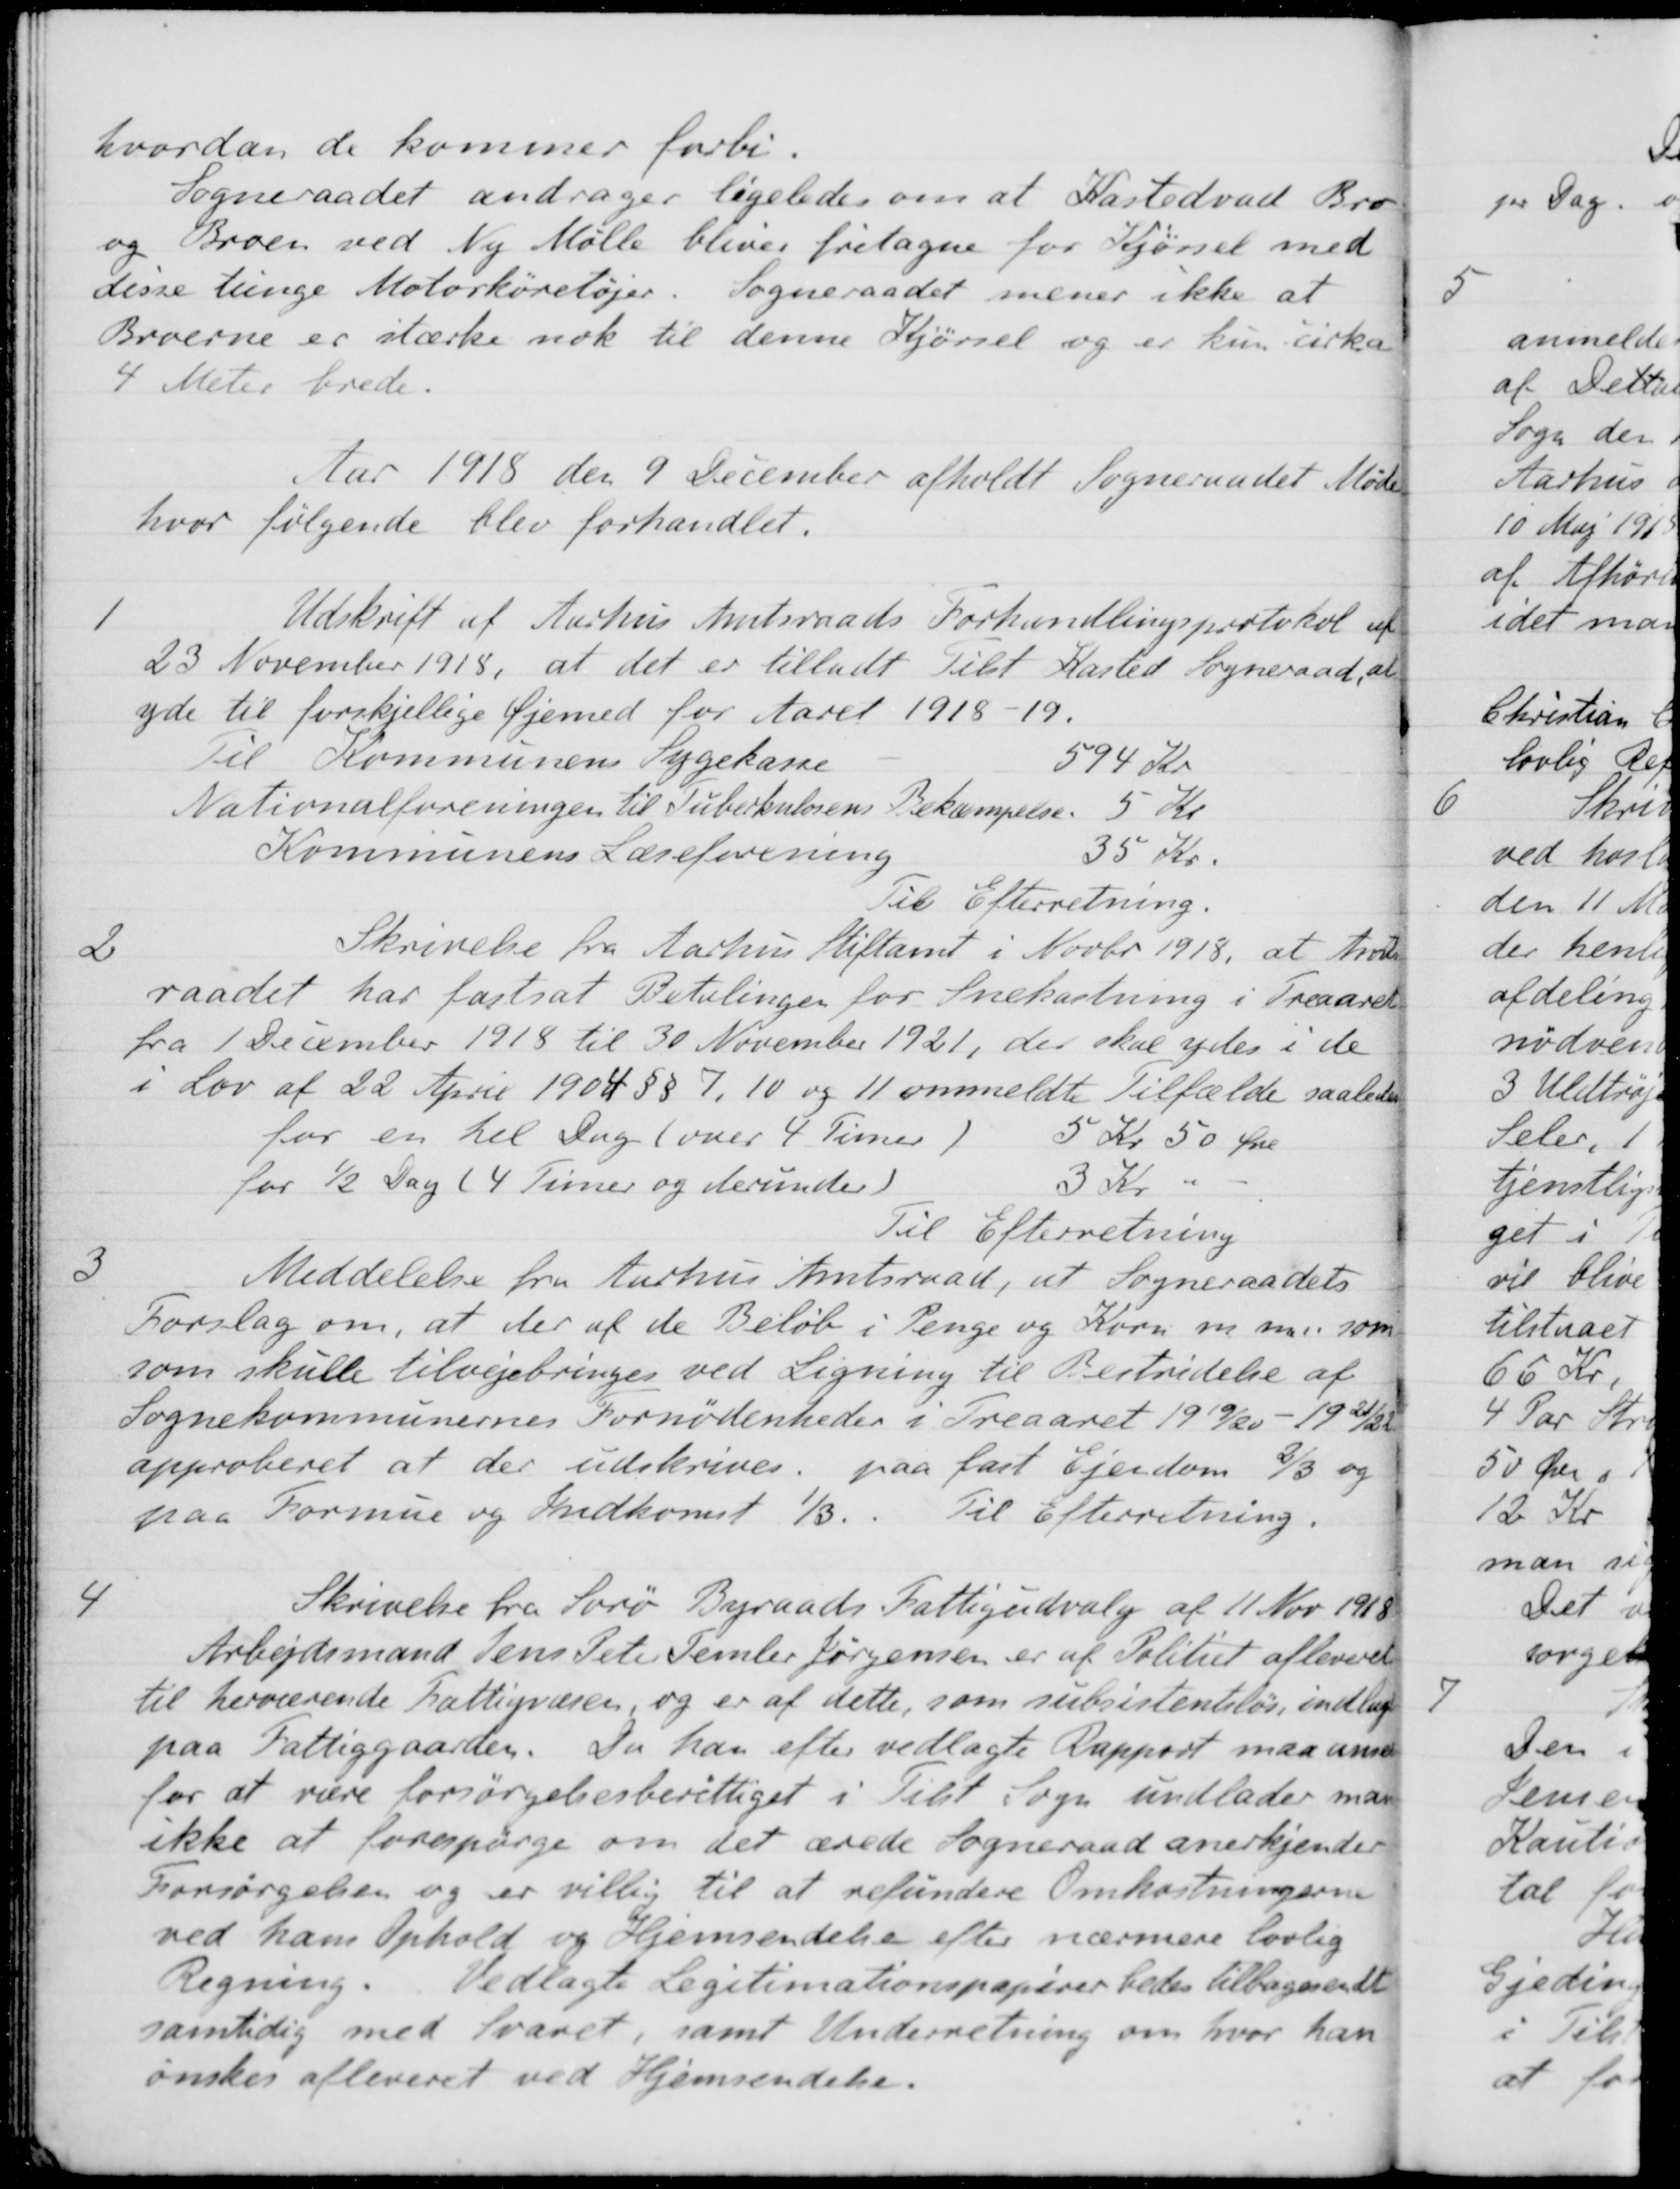
Transskription:
hvordan de kommer forbi.
Sogneraadet andrager ligeledes om at Kastedvad Bro
og Broen ved Ny Mølle bliver fritagne for Kjørsel med
disse tunge Motorkøretøjer. Sogneraadet mener ikke at
Broerne er stærke nok til denne Kjørsel og er kun cirka
4 Meter brede.
Aar 1918 den 9 December afholdt Sogneraadet Møde
hvor følgende blev forhandlet.
1
Udskrift af Aarhus Amtsraads Forhandlingsprotokol af
23 November 1918, at det er tilladt Tilst Kasted Sogneraad, at
yde til forskjellige Øjemed for Aaret 1918-19.
til Kommunens Sygekasse
594 Kr
Nationalforeningen til Tuberkulosens Bekæmpelse
5 Kr.
Kommunens Læseforening
35 Kr.
Til Efterretning.
2
Skrivelse fra Aarhus Stiftamt i Novbr 1918, at Amts-
raadet har fastsat Betalingen for Snekastning i Treaaret
fra 1 December 1918 til 30 November 1921, der skal ydes i de
i Lov af 22 April 1904 §§ 7, 10 og 11 ommeldte Tilfælde saaledes
for en hel Dag (over 4 Timer)
5 Kr 50 Øre
for ½ Dag (4 Timer og derunder)
3 Kr.
Til Efterretning
3
Meddelelse fra Aarhus Amtsraad, at Sogneraadets
Forslag om, at der af de Beløb i Penge og Korn m. m. som
som skulle tilvejebringes ved Ligning til Bestridelse af
Sognekommunernes Fornødenheder i Treaaret 1919/20 - 1921/22
approberet at der udskrives paa fast Ejendom 2/3 og
paa Formue og Indkomst 1/3.
Til Efterretning.
4
Skrivelse fra Sorø Byraads Fattigudvalg af 11 Nov 1918
Arbejdsmand Jens Peter Temler Jørgensen er af Politiet afleveret
til herværende Fattigvæsen og er af dette, som subsistenteløs, indlagt
paa Fattiggaarden. Da han efter vedlagte Rapport maa anses
for at være forsørgelsesberettiget i Tilst Sogn undlader man
ikke at forespørge om det ærede Sogneraad anerkjender
Forsørgelsen og er villig til at refundere Omkostningerne
ved hans Ophold og Hjemsendelse efter nærmere lovlig
Regning. Vedlagte Legitimationspapirer bedes tilbagesendt
samtidig med Svaret, samt Underretning om hvor han
ønskes afleveret ved Hjemsendelse.